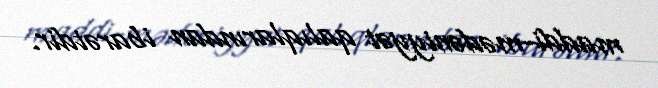
maddi-mədəniyyət qalıqlarından ibarətdir.